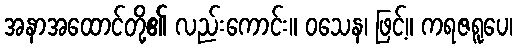
အနာအထောင်တို့၏ လည်းကောင်း။ ဝသေန၊ ဖြင့်။ ကရဇရူပေ၊